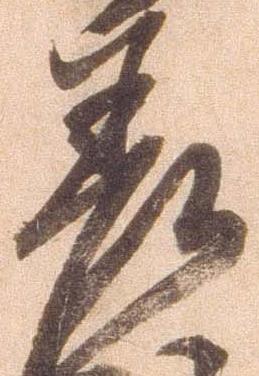
差